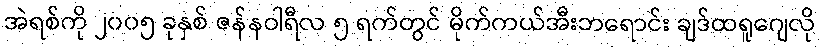
အဲရစ်ကို ၂၀၀၅ ခုနှစ် ဇန်နဝါရီလ ၅ ရက်တွင် မိုက်ကယ်အီးဘရောင်း ချဒ်ထရူဂျေလို